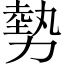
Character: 勢